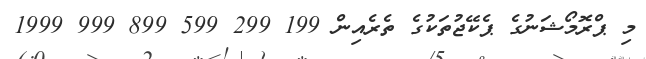
މި ޕްރޮމޯޝަނުގެ ޕެކޭޖުތަކުގެ ތެރެއިން 199 299 599 899 999 1999